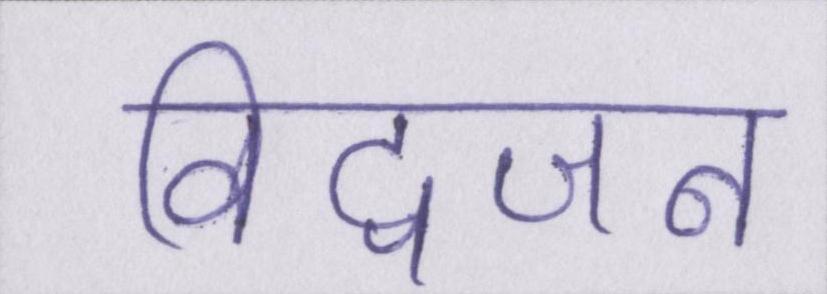
विद्वजन